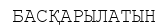
БАСҚАРЫЛАТЫН